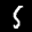
Label: 5